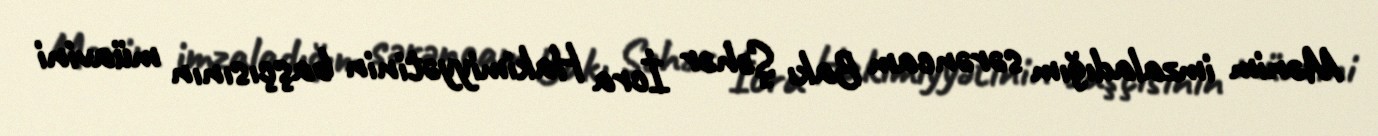
Mənim imzaladığım sərəncam Bakı Şəhər İcra Hakimiyyətinin başçısının müavini